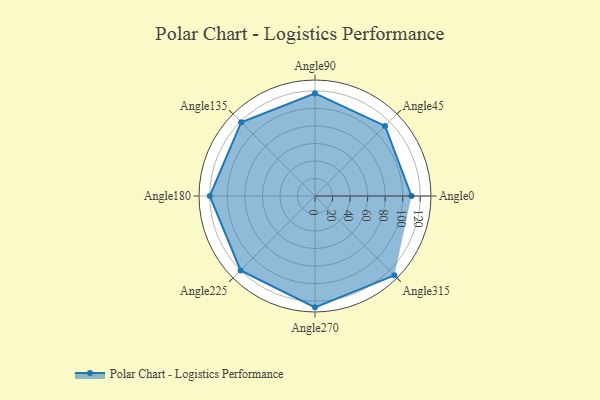
{"axis": {"x": "Angle", "y": "Radius"}, "legend": [""], "data": [{"x": "Angle0", "y": 110.0, "type": ""}, {"x": "Angle45", "y": 113.0, "type": ""}, {"x": "Angle90", "y": 117.0, "type": ""}, {"x": "Angle135", "y": 119.0, "type": ""}, {"x": "Angle180", "y": 120.0, "type": ""}, {"x": "Angle225", "y": 120.0, "type": ""}, {"x": "Angle270", "y": 127.0, "type": ""}, {"x": "Angle315", "y": 128.0, "type": ""}]}